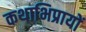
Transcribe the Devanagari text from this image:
कथाभिप्रायों